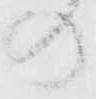
の